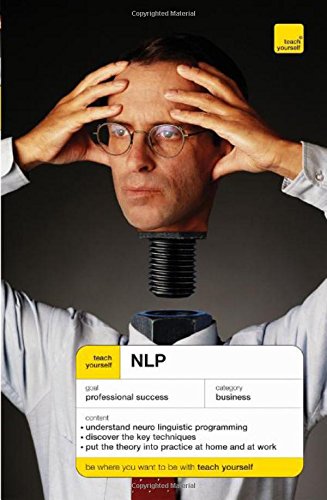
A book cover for Teach Yourself NLP (Teach Yourself Business Skills); Steve Bavister; Self-Help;